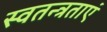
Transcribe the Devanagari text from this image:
स्वतन्त्रताएं